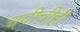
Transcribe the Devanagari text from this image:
चवीचीही